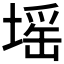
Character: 𡏟